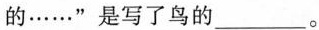
的……”是写了鸟的___。